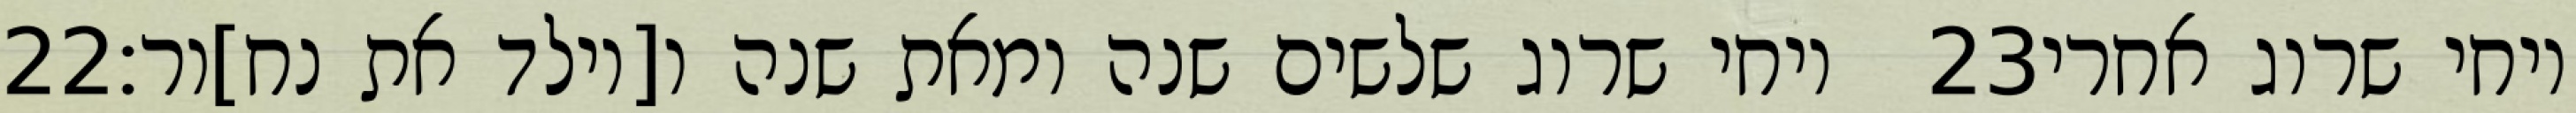
‎22‏ ויחי שרוג שלשים שנה ומאת שנה ו[יולד את נח]ור׃ ‎23‏ ויחי שרוג אחרי